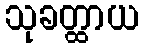
သုခတ္ထာယ